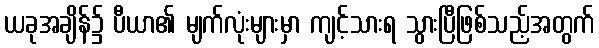
ယခုအချိန်၌ ပီယာ၏ မျက်လုံးများမှာ ကျင့်သားရ သွားပြီဖြစ်သည့်အတွက်